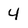
Character: 4